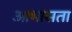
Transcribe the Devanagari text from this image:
आभासता